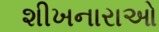
શીખનારાઓ